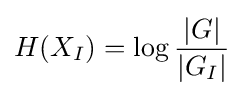
H(X_{I})=\log {\frac {|G|}{|G_{I}|}}